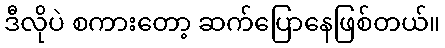
ဒီလိုပဲ စကားတော့ ဆက်ပြောနေဖြစ်တယ်။